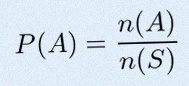
P(A)=\frac{n(A)}{n(S)}